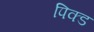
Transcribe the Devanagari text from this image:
पिक्ड